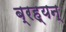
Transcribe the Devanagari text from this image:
ब्रह्यन्‌